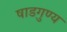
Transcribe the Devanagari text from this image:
षाडगुण्य